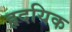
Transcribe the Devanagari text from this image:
हृदयिक